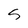
Character: S